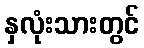
နှလုံးသားတွင်